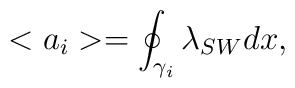
<a_i> = \oint_{{\cal \gamma}_i} \lambda_{SW} dx,